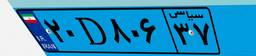
۲۰D۸۰۶۳۷